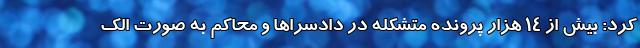
کرد: بیش از ۱۴ هزار پرونده متشکله در دادسراها و محاکم به صورت الک